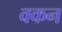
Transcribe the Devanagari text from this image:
वकन